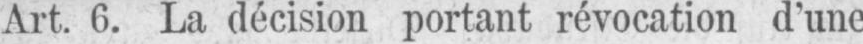
Art. 6. La décision portant révocation d’une